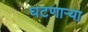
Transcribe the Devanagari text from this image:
घटणाऱ्या